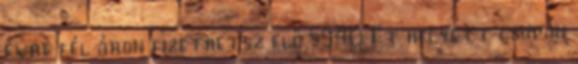
évre fél áron fizethetsz elő 5940 Ft helyett csupán